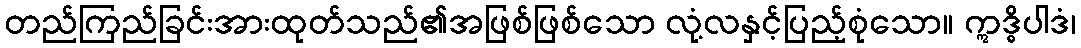
တည်ကြည်ခြင်းအားထုတ်သည်၏အဖြစ်ဖြစ်သော လုံ့လနှင့်ပြည့်စုံသော။ ဣဒ္ဓိပါဒံ၊